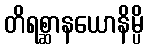
တိရစ္ဆာနယောနိမ္ပိ